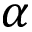
\alpha